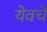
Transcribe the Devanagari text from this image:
येवचे